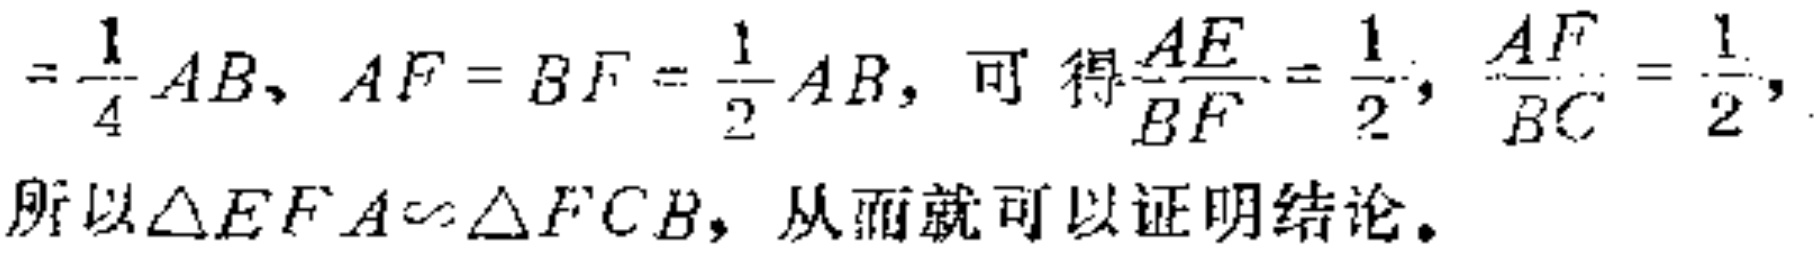
$=\frac{1}{4}AB, AF = BF = \frac{1}{2}AB, 可得\frac{AE}{BF}=\frac{1}{2}, \frac{AF}{BC}=\frac{1}{2}, 所以\triangle EFA\sim\triangle FCB, 从而就可以证明结论。$